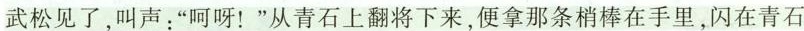
武松见了，叫声：”呵呀！”从青石上翻将下来，便拿那条梢棒在手里，闪在青石